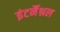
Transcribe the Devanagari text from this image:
इंटर्नैश्नल